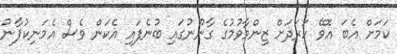
ކަމަށް އެބަ އޮވޭ ހަރަދަށް ޒިންމާވުމުގެ ގާނޫނުގައި ބުނެފައި އެކަން ވެސް އެމަނިކުފާނު